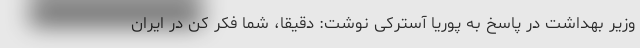
وزیر بهداشت در پاسخ به پوریا آسترکی نوشت: دقیقا، شما فکر کن در ایران